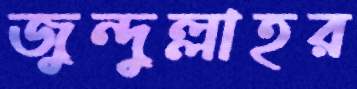
জুন্দুল্লাহর